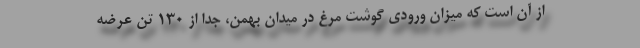
از آن است که میزان ورودی گوشت مرغ در میدان بهمن، جدا از ۱۳۰ تن عرضه